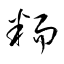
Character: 粫